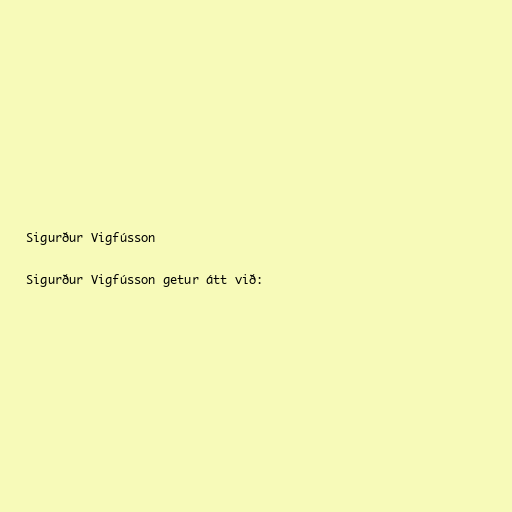
Sigurður Vigfússon

Sigurður Vigfússon getur átt við: